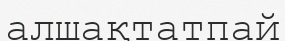
алшақтатпай